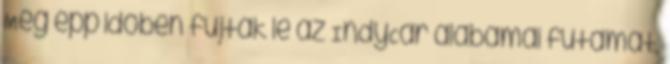
Még épp időben fújták le az IndyCar alabamai futamát,